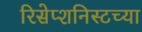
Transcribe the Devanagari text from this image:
रिसेप्शनिस्टच्या